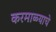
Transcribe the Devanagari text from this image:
करमाळ्याचे